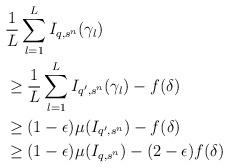
LaTeX: \begin{align*}&\frac{1}{L}\sum_{l=1}^{L}I_{q,s^n} (\gamma_l) \\&\geq \frac{1}{L}\sum_{l=1}^{L}I_{{q'},s^n} (\gamma_l) - f(\delta)\\&\geq (1-\epsilon) \mu(I_{{q'},s^n})- f(\delta)\\&\geq (1-\epsilon) \mu(I_{q,s^n}) -(2-\epsilon) f(\delta)\end{align*}